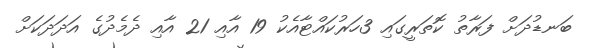
ބަނޑުދަށް ފަރާތު ކޮތަރީގައި 3ހަރުކައްޓާއެކު 19 އާއި 21 އާއި ދެމެދުގެ އަދަދަކަށް